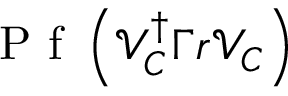
\mathrm { ~ P ~ f ~ } \left( \mathcal { V } _ { C } ^ { \dagger } \Gamma r \mathcal { V } _ { C } \right)